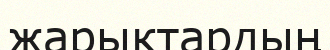
жарыктардың